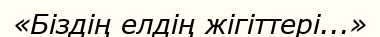
«Біздің елдің жігіттері...»